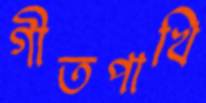
গীতপাখি